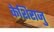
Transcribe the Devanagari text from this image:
केशिराजु